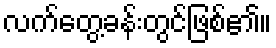
လက်တွေ့ခန်းတွင်ဖြစ်၏။